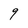
Character: 9